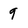
Character: 9